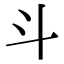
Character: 斗